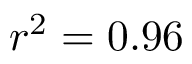
r ^ { 2 } = 0 . 9 6